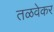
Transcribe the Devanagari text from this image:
तळवेकर